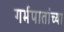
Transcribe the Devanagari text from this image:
गर्भपातांच्या